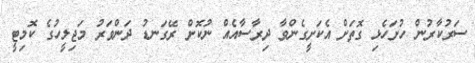
ސަރުކާރުން ހުށަހެޅި ގޮތަށް އެކަށީގެންވާ ދިރާސާއެއް ނުކޮށް ރޭގަނޑު ދަންވަރު މަޖިލީހުގެ ކޮމިޓީ